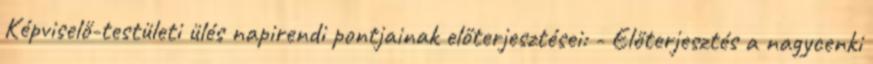
Képviselő-testületi ülés napirendi pontjainak előterjesztései: - Előterjesztés a nagycenki